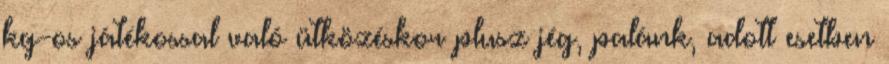
kg-os játékossal való ütközéskor plusz jég, palánk, adott esetben